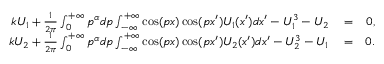
\begin{array} { r l r } { k U _ { 1 } + \frac { 1 } { 2 \pi } \int _ { 0 } ^ { + \infty } p ^ { \alpha } d p \int _ { - \infty } ^ { + \infty } \cos ( p x ) \cos ( p x ^ { \prime } ) U _ { 1 } ( x ^ { \prime } ) d x ^ { \prime } - U _ { 1 } ^ { 3 } - U _ { 2 } } & { { } = } & { 0 , } \\ { k U _ { 2 } + \frac { 1 } { 2 \pi } \int _ { 0 } ^ { + \infty } p ^ { \alpha } d p \int _ { - \infty } ^ { + \infty } \cos ( p x ) \cos ( p x ^ { \prime } ) U _ { 2 } ( x ^ { \prime } ) d x ^ { \prime } - U _ { 2 } ^ { 3 } - U _ { 1 } } & { { } = } & { 0 . } \end{array}